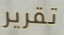
تقرير